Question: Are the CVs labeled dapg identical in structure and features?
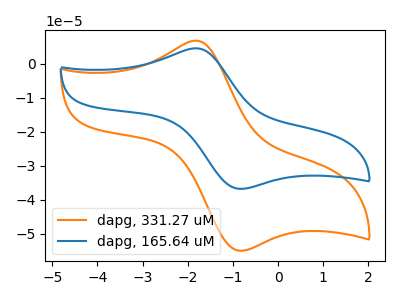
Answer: <think>The orange curve "dapg, 331.27 uM" has an anodic peak at (-1.80V, 6.80uA) and a cathodic peak at (-0.85V, -55.00uA). The blue curve "dapg, 165.64 uM" has an anodic peak at (-1.80V, 4.55uA) and a cathodic peak at (-0.85V, -36.80uA).
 All the peaks in "dapg, 331.27 uM" have a peak in "dapg, 165.64 uM" at the same potential. Every peak in "dapg, 331.27 uM" is higher than every peak in "dapg, 165.64 uM".</think>
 <answer>All the CV's of "dapg" have similar shape.</answer>
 <eval>follow_rule</eval>